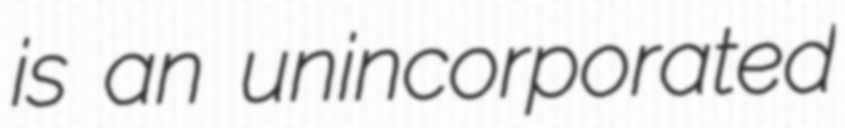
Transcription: is an unincorporated